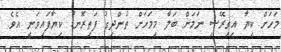
މަހަށް ކިޔާ އިގިރޭސި ނަމަށް ބަލާ މިމަހަށް ތުންދިގު ފަތިރޮނޑު ކިޔާފައިވަނީ އެވެ.